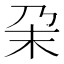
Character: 㭆